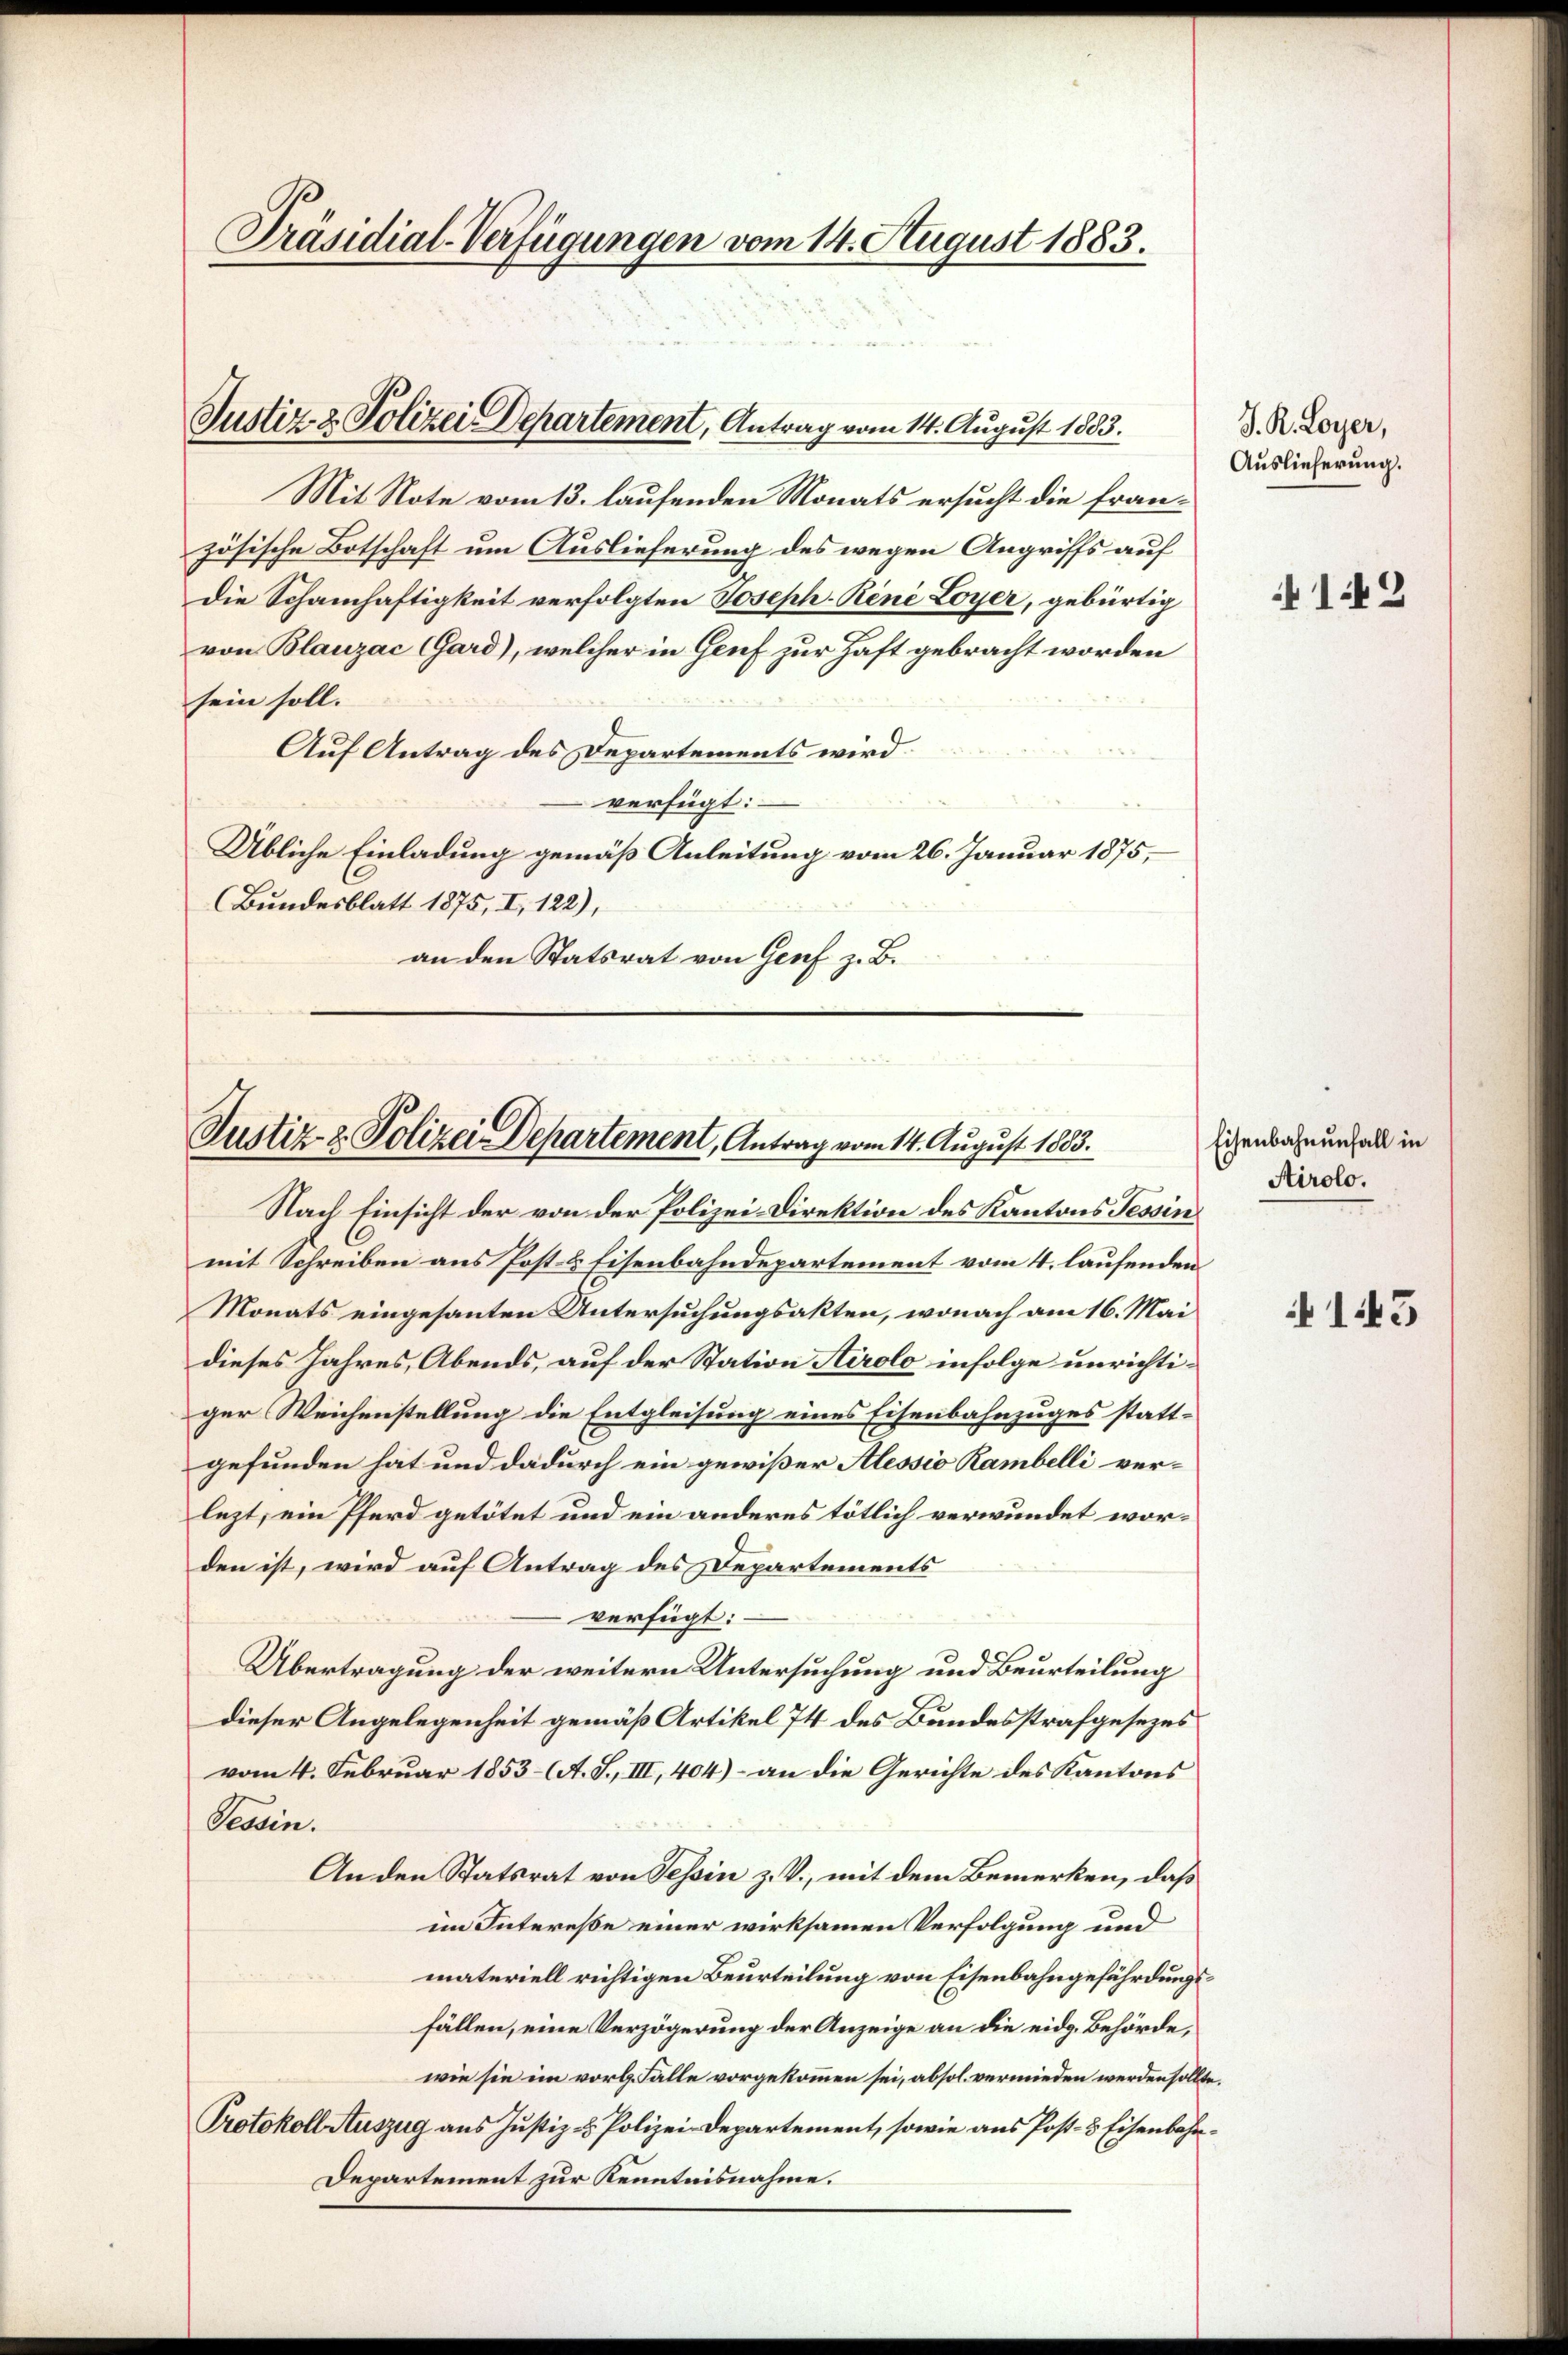
Präsidial-Verfügungen vom 14. August 1883.

Mit Note vom 13. laufenden Monats ersucht die französische Botschaft um Auslieferung des wegen Angriffs auf
die Schamhaftigkeit verfolgten Joseph-René Loyer, gebürtig
von Blauzac (Gard), welcher in Genf zur Haft gebracht worden
sein soll.
Auf Antrag des Departements wird
verfügt:
Übliche Einladung gemäß Anleitung vom 26. Januar 1875,
Bundesblatt 1875, I, 122),
an den Statsrat von Genf z. B.

Justiz- & Polizei Departement, Antrag vom 14. August 1883.

Justiz- & Polizei Departement, Antrag vom 14. August 1883.

Nach Einsicht der von der Polizei-Direktion des Kantons Tessin
mit Schreiben aus Post- & Eisenbahndepartement vom 4. laufenden
Monats eingesanten Untersuchungsakten, wonach am 16. Mai
dieses Jahres, Abends, auf der Station Airolo infolge unrichtiger Weichenstellung die Entgleisung eines Eisenbahnzuges stattgefunden hat und dadurch ein gewißer Alessio Rambelli verlezt, ein Pferd getötet und ein anderes tötlich verwundet worden ist, wird auf Antrag des Departements
verfügt:
Übertragung der weitern Untersuchung und Beurteilung
dieser Angelegenheit gemäß Artikel 74 des Bundesstrafgesezes
vom 4. Februar 1853 A. S., III, 404) - an die Gerichte des Kantons
Tessin.
An den Statsrat von Tessin z. V., mit dem Bemerken, daß
im Intereße einer wirksamen Verfolgung und
materiell richtigen Beurteilung von Eisenbahngefährdungsfällen, eine Verzögerung der Anzeige an die eidg. Behörde,
wie sie im vorl. Fälle vorgekommen sei, absol. vermieden werden sollte.
Protokoll Auszug aus Justiz & Polizei-Departement, sowie aus Post- & Eisenbahn¬
Departement zur Kenntnisnahme.

J. R. Loyer,
Auslieferung.

4149

Eisenbahnenfall in
Airolo.

143